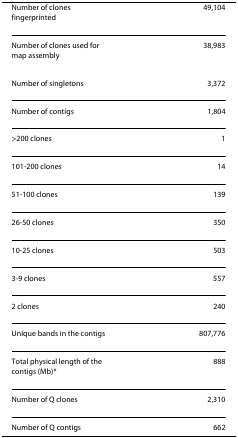
| Number of clones fingerprinted | 49,104 |
 | --- | --- |
 | Number of clones used for map assembly | 38,983 |
 | Number of singletons | 3,372 |
 | Number of contigs | 1,804 |
 | >200 clones | 1 |
 | 101-200 clones | 14 |
 | 51-100 clones | 139 |
 | 26-50 clones | 350 |
 | 10-25 clones | 503 |
 | 3-9 clones | 557 |
 | 2 clones | 240 |
 | Unique bands in the contigs | 807,776 |
 | Total physical length of the contigs (Mb)* | 888 |
 | Number of Q clones | 2,310 |
 | Number of Q contigs | 662 |